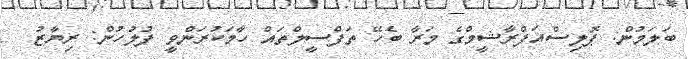
ބަލަމުން: ޕޮލިސްއަފްރާޝީމްގެ މަރާ ބެހޭ ތަފްސީލްތައް ހާމަކުރަންވީ ފުލުހުން: ރިޔާޒު